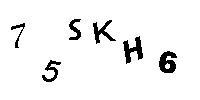
75SKH6